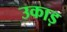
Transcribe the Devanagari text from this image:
उकाड़